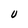
Character: U